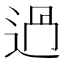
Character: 𨒵